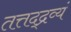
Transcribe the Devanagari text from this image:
तत्तद्द्रव्यं